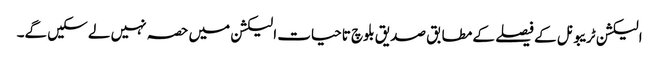
الیکشن ٹریبونل کے فیصلے کے مطابق صدیق بلوچ تاحیات الیکشن میں حصہ نہیں لے سکیں گے۔